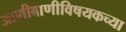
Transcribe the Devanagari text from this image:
आणीबाणीविषयकच्या